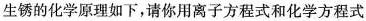
生锈的化学原理如下，请你用离子方程式和化学方程式